Document type: Emphyteutic lease
Year: 1473
Scribe: [Unknown]
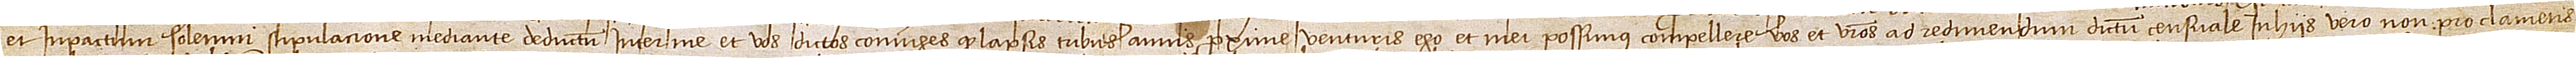
et in pactum solemni stipulacione mediante deductum inter me et vos dictos coniuges quod lapsis tribus annis proxime venturis ego et mei possimus compellere vos et vestros ad redimendum dictum censuale. In hiis vero non proclametis